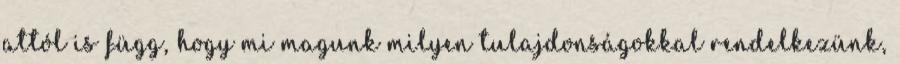
attól is függ, hogy mi magunk milyen tulajdonságokkal rendelkezünk,